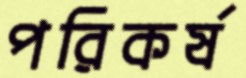
পরিকর্ষ